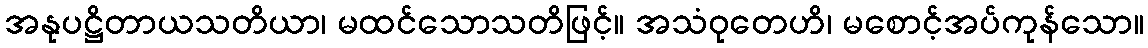
အနုပဋ္ဌိတာယသတိယာ၊ မထင်သောသတိဖြင့်။ အသံဝုတေဟိ၊ မစောင့်အပ်ကုန်သော။